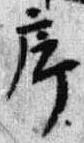
廊